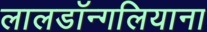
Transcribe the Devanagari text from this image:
लालडॉन्गलियाना